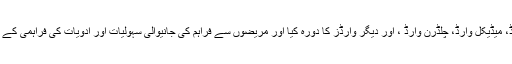
انہوںنے ایمرجنسی وارڈ، میڈیکل وارڈ، چلڈرن وارڈ ، اور دیگر وارڈز کا دورہ کیا اور مریضوں سے فراہم کی جانیوالی سہولیات اور ادویات کی فراہمی کے حوالے سے دریافت کیا۔